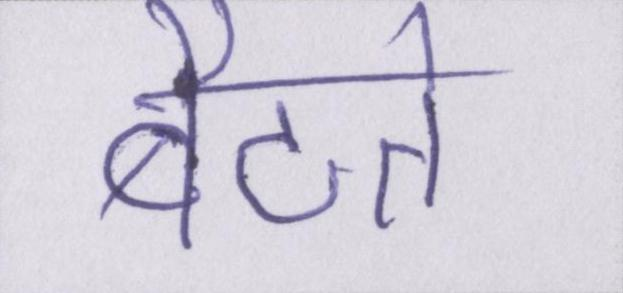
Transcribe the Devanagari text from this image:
बैठते